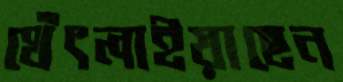
থেঁৎলাইয়াছেন